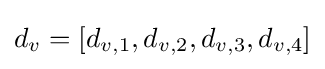
d_{v}=[d_{v,1},d_{v,2},d_{v,3},d_{v,4}]